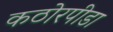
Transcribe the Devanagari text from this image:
कठोरपीडा